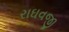
રાઘવજી